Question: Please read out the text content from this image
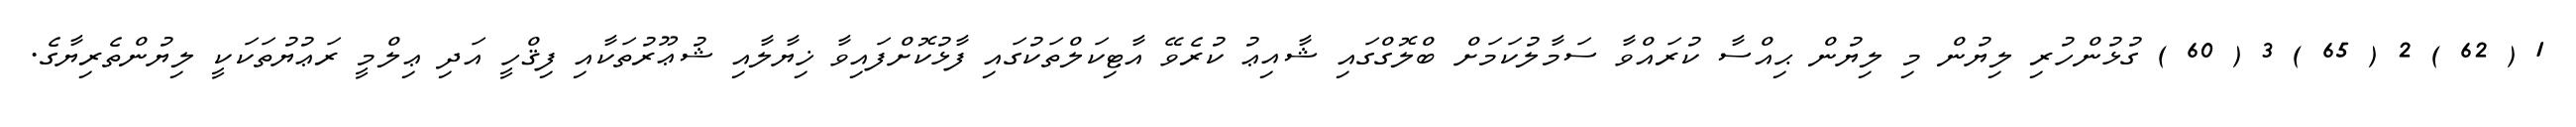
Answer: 1 ( 62 ) 2 ( 65 ) 3 ( 60 ) ގުޅުންހުރި ލިޔުން މި ލިޔުން ޙިއްސާ ކުރައްވާ ސަމާލުކަމަށް ބްލޮގްގައި ޝާއިޢު ކުރެވޭ އާޓިކަލްތަކުގައި ފާޅުކޮށްފައިވާ ޚިޔާލާއި ޝުޢޫރުތަކާއި ފިޤްހީ އަދި ޢިލްމީ ރަޢުޔުތަކަކީ ލިޔުންތެރިޔާގެ.